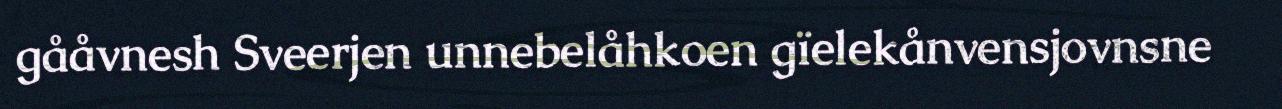
gååvnesh Sveerjen unnebelåhkoen gïelekånvensjovnsne